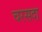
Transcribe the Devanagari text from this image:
चरसदा